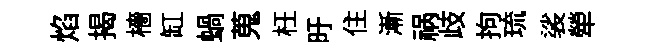
焰揭檣缸蝸蒐枉旴住漸祸歧拘琉裟犖